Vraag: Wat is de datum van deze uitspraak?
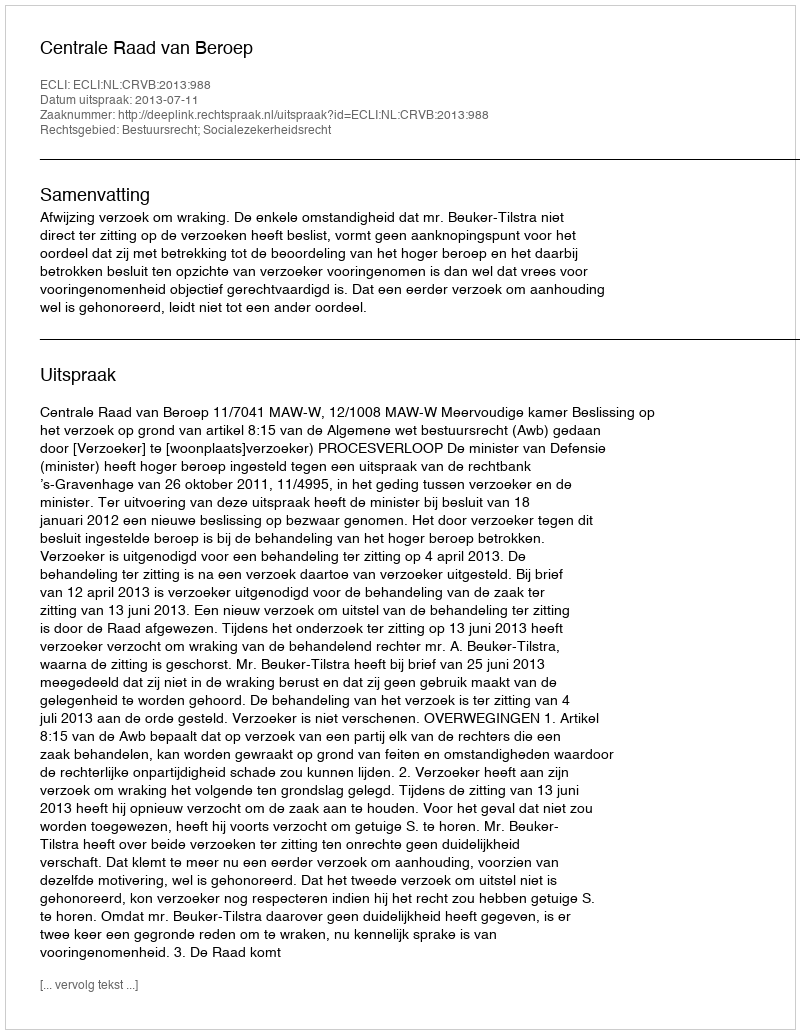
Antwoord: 2013-07-11